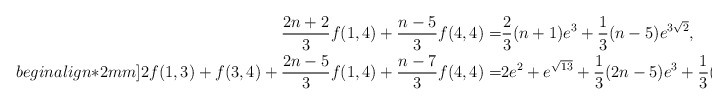
\begin{align*}\frac{2n+2}{3}f(1,4)+\frac{n-5}{3}f(4,4)=&\frac{2}{3}(n+1) e^3+\frac{1}{3}(n-5) e^{3 \sqrt{2}},\\begin{align*}2mm]2f(1,3)+f(3,4)+\frac{2n-5}{3}f(1,4)+\frac{n-7}{3}f(4,4)=&2 e^2+e^{\sqrt{13}}+\frac{1}{3} (2 n-5) e^3+\frac{1}{3} (n-7)e^{3 \sqrt{2}},\end{align*}